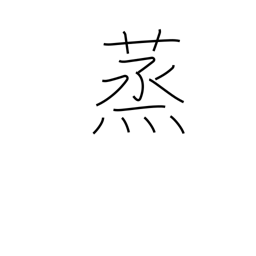
Meaning: foment